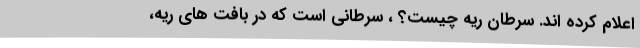
اعلام کرده اند. سرطان ریه چیست؟ ، سرطانی است که در بافت های ریه،